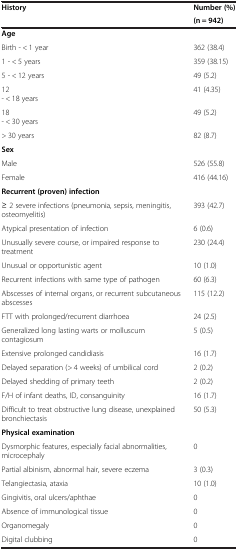
<table><thead><tr><td rowspan="2"><b>History</b></td><td><b>Number (%)</b></td></tr><tr><td><b>(n = 942)</b></td></tr></thead><tbody><tr><td colspan="2"><b>Age</b></td></tr><tr><td>Birth - &lt; 1 year</td><td>362 (38.4)</td></tr><tr><td>1 - &lt; 5 years</td><td>359 (38.15)</td></tr><tr><td>5 - &lt; 12 years</td><td>49 (5.2)</td></tr><tr><td>12- &lt; 18 years</td><td>41 (4.35)</td></tr><tr><td>18- &lt; 30 years</td><td>49 (5.2)</td></tr><tr><td>&gt; 30 years</td><td>82 (8.7)</td></tr><tr><td colspan="2"><b>Sex</b></td></tr><tr><td>Male</td><td>526 (55.8)</td></tr><tr><td>Female</td><td>416 (44.16)</td></tr><tr><td colspan="2"><b>Recurrent (proven) infection</b></td></tr><tr><td>≥ 2 severe infections (pneumonia, sepsis, meningitis, osteomyelitis)</td><td>393 (42.7)</td></tr><tr><td>Atypical presentation of infection</td><td>6 (0.6)</td></tr><tr><td>Unusually severe course, or impaired response to treatment</td><td>230 (24.4)</td></tr><tr><td>Unusual or opportunistic agent</td><td>10 (1.0)</td></tr><tr><td>Recurrent infections with same type of pathogen</td><td>60 (6.3)</td></tr><tr><td>Abscesses of internal organs, or recurrent subcutaneous abscesses</td><td>115 (12.2)</td></tr><tr><td>FTT with prolonged/recurrent diarrhoea</td><td>24 (2.5)</td></tr><tr><td>Generalized long lasting warts or molluscum contagiosum</td><td>5 (0.5)</td></tr><tr><td>Extensive prolonged candidiasis</td><td>16 (1.7)</td></tr><tr><td>Delayed separation (&gt; 4 weeks) of umbilical cord</td><td>2 (0.2)</td></tr><tr><td>Delayed shedding of primary teeth</td><td>2 (0.2)</td></tr><tr><td>F/H of infant deaths, ID, consanguinity</td><td>16 (1.7)</td></tr><tr><td>Difficult to treat obstructive lung disease, unexplained bronchiectasis</td><td>50 (5.3)</td></tr><tr><td colspan="2"><b>Physical examination</b></td></tr><tr><td>Dysmorphic features, especially facial abnormalities, microcephaly</td><td>0</td></tr><tr><td>Partial albinism, abnormal hair, severe eczema</td><td>3 (0.3)</td></tr><tr><td>Telangiectasia, ataxia</td><td>10 (1.0)</td></tr><tr><td>Gingivitis, oral ulcers/aphthae</td><td>0</td></tr><tr><td>Absence of immunological tissue</td><td>0</td></tr><tr><td>Organomegaly</td><td>0</td></tr><tr><td>Digital clubbing</td><td>0</td></tr></tbody></table>